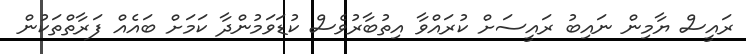
ރައީސް ޔާމިން ނައިބު ރައީސަށް ކުރައްވާ އިތުބާރުވެސް ކުޑަވަމުންދާ ކަމަށް ބައެއް ފަރާތްތަކުން